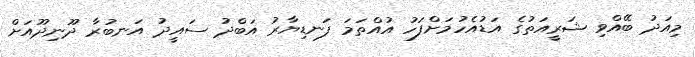
މިއަދު ބޭއްވި ޝަރީއަތުގެ އަޑުއެހުމަށްފަހު އުއްތަމަ ފަނޑިޔާރު އަބްދު ސައީދު އަނބުރާ ދޫނިދޫއަށް